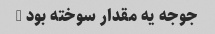
جوجه یه مقدار سوخته بود …